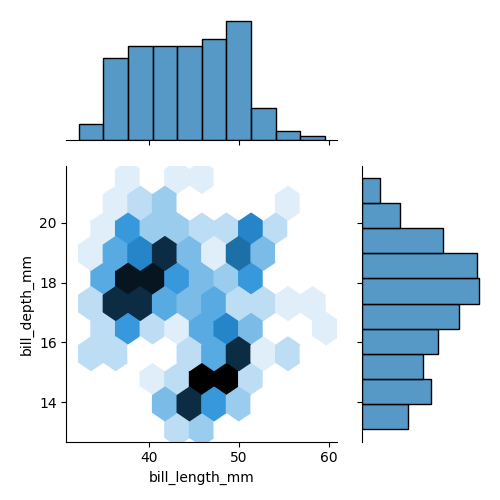
python, seaborn, jointplot, kind='hex', height='5', ratio='2', marginal_ticks='False'